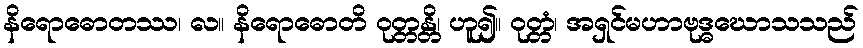
နိရောဓောတဿ၊ လ။ နိရောဓောတိ ဝုတ္တန္တိ၊ ဟူ၍။ ဝုတ္တံ၊ အရှင်မဟာဗုဒ္ဓဃောသသည်